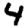
Digit: 4